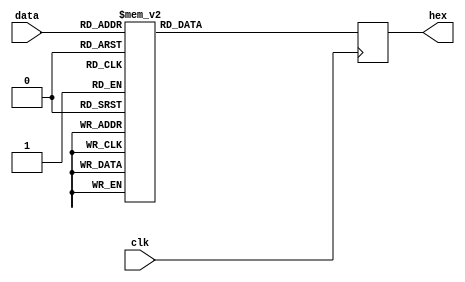
module led(input [3:0]data,
			  input clk,
			  output reg [6:0]hex
			  );
			  
	always@ (posedge clk)
	begin
	case(data)
		 0:hex<=7'b1000000;
		 1:hex<=7'b1111001;
		 2:hex<=7'b0100100;
		 3:hex<=7'b0110000;
		 4:hex<=7'b0011001;
		 5:hex<=7'b0010010;
		 6:hex<=7'b0000010;
		 7:hex<=7'b1111000;
		 8:hex<=7'b0000000;
		 9:hex<=7'b0010000;
		 default:hex<=7'b0000001;
	endcase
	end
endmodule